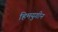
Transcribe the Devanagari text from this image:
हिमयुगीन